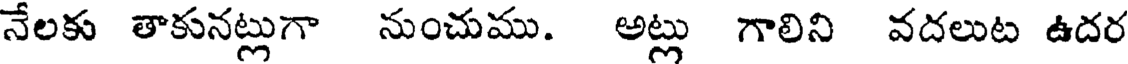
నేలకు తాకునట్లుగా నుంచుము. అట్లు గాలిని వదలుట ఉదర